Problem: 9 + 18 = ?
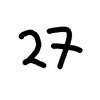
Handwritten answer: 27